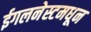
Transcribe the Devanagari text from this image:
ईगलनेस्टमधून